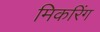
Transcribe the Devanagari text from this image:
मिकरिंग